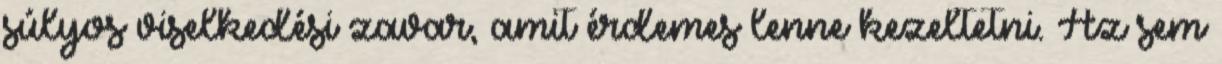
súlyos viselkedési zavar, amit érdemes lenne kezeltetni. Az sem